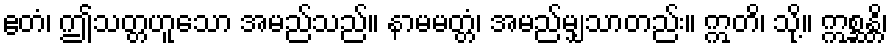
ဧတံ၊ ဤသတ္တဟူသော အမည်သည်။ နာမမတ္တံ၊ အမည်မျှသာတည်း။ ဣတိ၊ သို့။ ဣစ္ဆန္တိ၊